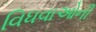
વિધવાઓની